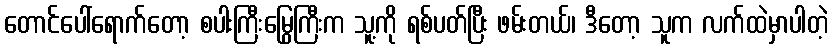
တောင်ပေါ်ရောက်တော့ စပါးကြီးမြွေကြီးက သူ့ကို ရစ်ပတ်ပြီး ဖမ်းတယ်၊ ဒီတော့ သူက လက်ထဲမှာပါတဲ့